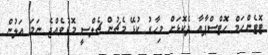
ޓޮޓެންހަމް ހޮޓްސްޕާއާ ދެކޮޅަށް މިހާރު ކުޅޭ މެޗުން ޗެލްސީ މޮޅުވެއްޖެ ނަމަ އަލުން